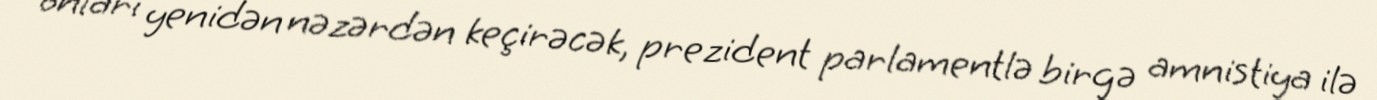
onları yenidən nəzərdən keçirəcək, prezident parlamentlə birgə amnistiya ilə